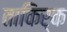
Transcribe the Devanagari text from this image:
ताकिर्क